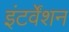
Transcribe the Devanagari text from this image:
इंटर्वेंशन